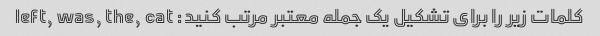
کلمات زیر را برای تشکیل یک جمله معتبر مرتب کنید: left, was, the, cat